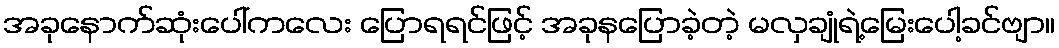
အခုနောက်ဆုံးပေါ်ကလေး ပြောရရင်ဖြင့် အခုနပြောခဲ့တဲ့ မလှချုံရဲ့မြေးပေါ့ခင်ဗျာ။